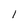
Character: 1